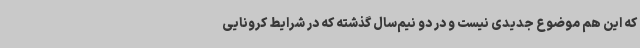
که این هم موضوع جدیدی نیست و در دو نیم‌سال گذشته که در شرایط کرونایی